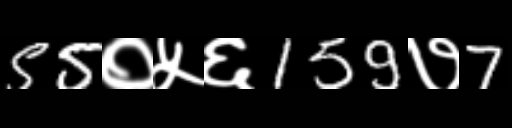
Text: 55०५६159७7